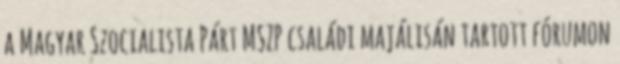
a Magyar Szocialista Párt MSZP családi majálisán tartott fórumon